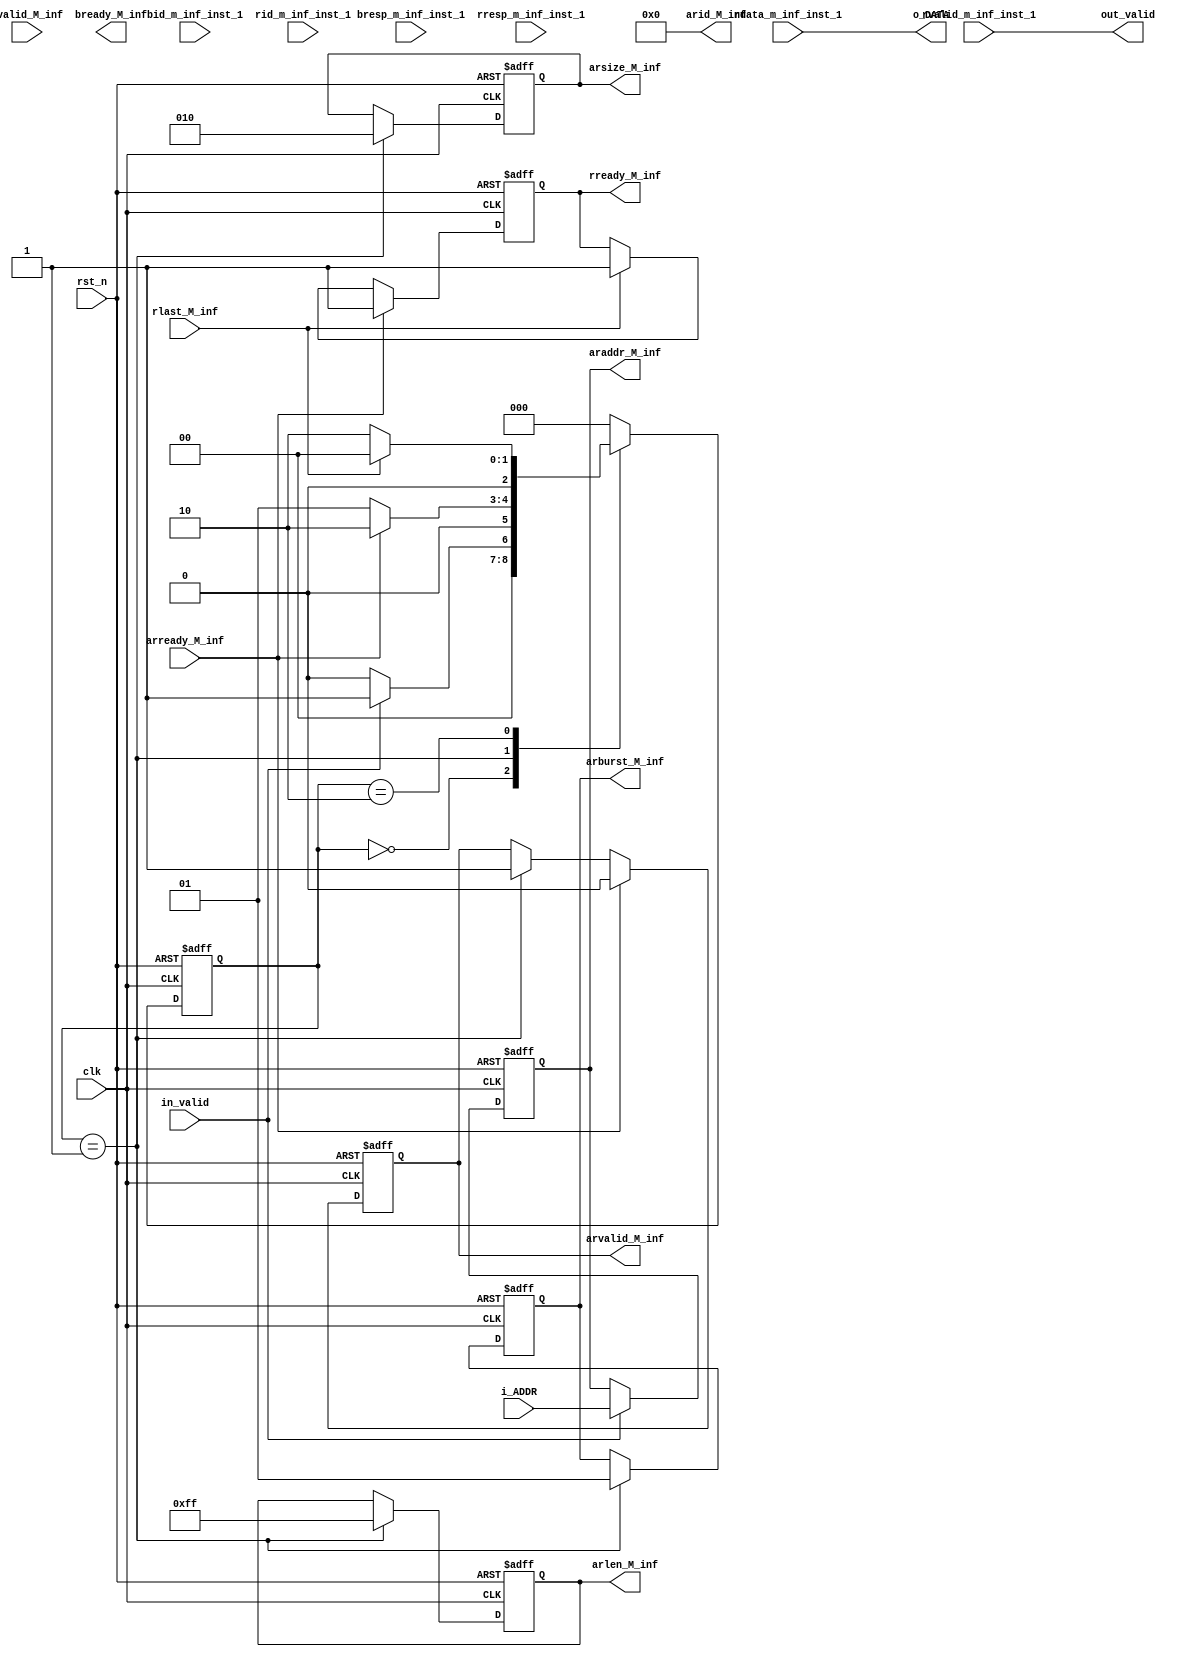
module INST_BRIDGE(
    clk,
    rst_n,
    // connect with controller
    in_valid,
    i_ADDR,
    out_valid,
    o_DATA,
    // connect with dram
    bid_m_inf_inst_1,
    bresp_m_inf_inst_1,
    bvalid_M_inf,
    bready_M_inf,
    arid_M_inf,
    araddr_M_inf,
    arlen_M_inf,
    arsize_M_inf,
    arburst_M_inf,
    arvalid_M_inf,
    arready_M_inf,
    rid_m_inf_inst_1,
    rdata_m_inf_inst_1,
    rresp_m_inf_inst_1,
    rlast_M_inf,
    rvalid_m_inf_inst_1,
    rready_M_inf
);
parameter ID_WIDTH=4, ADDR_WIDTH=32, DATA_WIDTH=16;
parameter RW_LEN = 8'd255;

// axi write resp channel
// src slave
input  wire  [ID_WIDTH-1:0]      bid_m_inf_inst_1;
input  wire  [1:0]             bresp_m_inf_inst_1;
input  wire                   bvalid_M_inf;
// src master
output reg                   bready_M_inf;
// ------------------------

// axi read addr channel
// src master
output wire [ID_WIDTH-1:0]      arid_M_inf;
output reg [ADDR_WIDTH-1:0]  araddr_M_inf;
output reg [7:0]              arlen_M_inf;
output reg [2:0]             arsize_M_inf;
output reg [1:0]            arburst_M_inf;
output reg                  arvalid_M_inf;
// src slave
input  wire                  arready_M_inf;
// ------------------------

// axi read data channel
// slave
input  wire [ID_WIDTH-1:0]       rid_m_inf_inst_1;
input  wire [DATA_WIDTH-1:0]   rdata_m_inf_inst_1;
input  wire [1:0]              rresp_m_inf_inst_1;
input  wire                    rlast_M_inf;
input  wire                   rvalid_m_inf_inst_1;
// master
output reg                   rready_M_inf;

// bridge
input clk;
input rst_n;
input [ADDR_WIDTH-1:0] i_ADDR;
input in_valid;
output out_valid;
output [DATA_WIDTH-1:0] o_DATA;

assign out_valid = rvalid_m_inf_inst_1;
assign o_DATA = rdata_m_inf_inst_1;
parameter s_idle = 3'd0;
parameter s_i_addr = 3'd1;
parameter s_i_data = 3'd2;
parameter s_o_addr = 3'd3;
parameter s_o_data = 3'd4;
parameter s_out = 3'd5;
reg [2:0] state_c;
reg [2:0] state_n;
always @ (posedge clk or negedge rst_n) begin
    if(!rst_n) state_c <= s_idle;
    else state_c <= state_n;
end
always @ ( * ) begin
    case(state_c)
        s_idle: if (in_valid) state_n <= s_i_addr;
                else state_n <= s_idle;
        s_i_addr: if(arready_M_inf) state_n <= s_i_data; else state_n <= s_i_addr;
        s_i_data: if(rlast_M_inf) state_n <= s_idle; else state_n <= s_i_data;
        default:state_n <= s_idle;
    endcase
end

//--------------------------------------------------------------
// DRAM
//--------------------------------------------------------------
// read address
assign arid_M_inf = 0;

always @ (posedge clk or negedge rst_n) begin
    if(!rst_n) araddr_M_inf <= 32'd0;
    else if(in_valid) araddr_M_inf <= i_ADDR;
end

always @ (posedge clk or negedge rst_n) begin
    if(!rst_n) arlen_M_inf <=0;
    else if(state_c==s_i_addr) arlen_M_inf <= RW_LEN;
end

always @ (posedge clk or negedge rst_n) begin
    if(!rst_n) arsize_M_inf <=0;
    else if(state_c==s_i_addr) arsize_M_inf <= 3'b010; // 4 byte = 32 bit
end

always @ (posedge clk or negedge rst_n) begin
    if(!rst_n) arburst_M_inf <=0;
    else if(state_c==s_i_addr) arburst_M_inf <= 2'd01;
end

always @ (posedge clk or negedge rst_n) begin
    if(!rst_n) arvalid_M_inf <=0;
    else if(arready_M_inf) arvalid_M_inf <= 0;
    else if(state_c==s_i_addr) arvalid_M_inf <= 2'd01;
end
// read data
always @ (posedge clk or negedge rst_n) begin
    if(!rst_n) rready_M_inf <=0;
    else if(arready_M_inf) rready_M_inf <= 1;
    else if(rlast_M_inf) rready_M_inf <=1;
end

endmodule